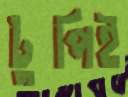
টুপিই